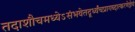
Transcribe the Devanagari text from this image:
तदाशौचमध्येऽसंभवेतदूर्ध्वंचप्रागब्दात्करणेज्ञेयं